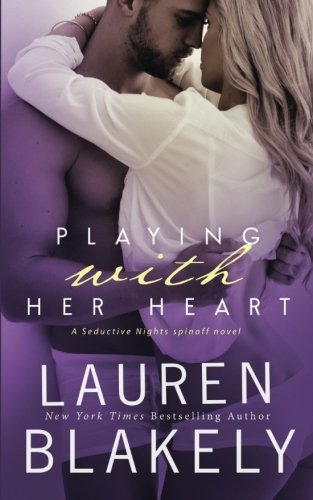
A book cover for Playing With Her Heart; Lauren Blakely; Romance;